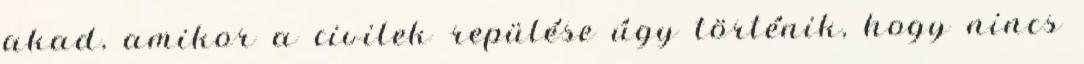
akad, amikor a civilek repülése úgy történik, hogy nincs